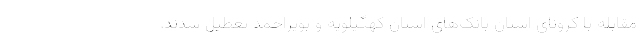
مقابله با کرونای استان بانک‌های استان کهگیلویه و بویراحمد تعطیل شدند.